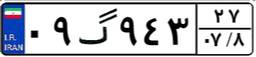
۱۵گ۱۵۸۹۳